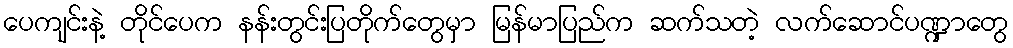
ပေကျင်းနဲ့ တိုင်ပေက နန်းတွင်းပြတိုက်တွေမှာ မြန်မာပြည်က ဆက်သတဲ့ လက်ဆောင်ပဏ္ဍာတွေ